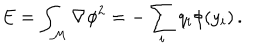
E = \int _ { { \cal M } } { \nabla \phi } ^ { 2 } = - \sum _ { i } q _ { i } \phi ( y _ { i } ) \, .